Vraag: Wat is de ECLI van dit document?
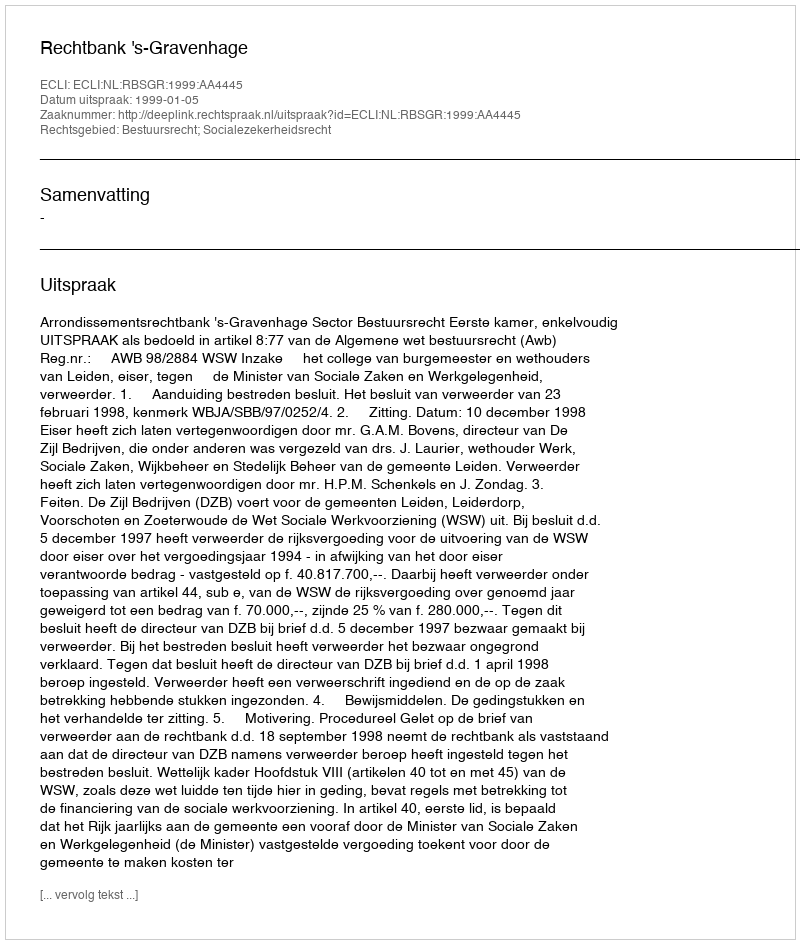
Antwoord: ECLI:NL:RBSGR:1999:AA4445